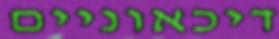
דיכאוניים